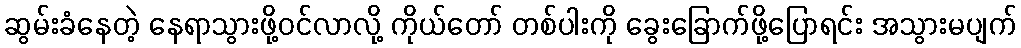
ဆွမ်းခံနေတဲ့ နေရာသွားဖို့ဝင်လာလို့ ကိုယ်တော် တစ်ပါးကို ခွေးခြောက်ဖို့ပြောရင်း အသွားမပျက်